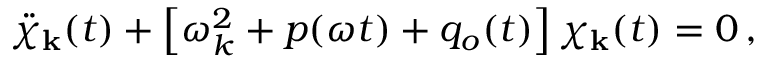
\ddot { \chi } _ { \bf k } ( t ) + \left[ \omega _ { k } ^ { 2 } + p ( \omega t ) + q _ { o } ( t ) \right] \chi _ { \bf k } ( t ) = 0 \, ,